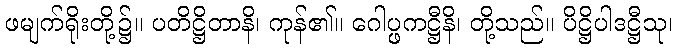
ဖမျက်ရိုးတို့၌။ ပတိဋ္ဌိတာနိ၊ ကုန်၏။ ဂေါပ္ဖကဋ္ဌီနိ၊ တို့သည်။ ပိဋ္ဌိပါဒဋ္ဌီသု၊